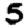
Digit: 5